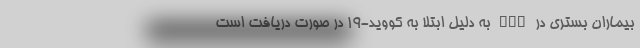
بیماران بستری در ICU به دلیل ابتلا به کووید-۱۹ در صورت دریافت است